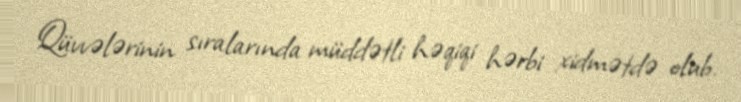
Qüvvələrinin sıralarında müddətli həqiqi hərbi xidmətdə olub.